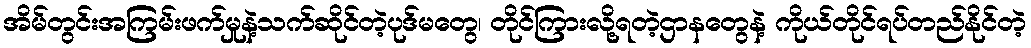
အိမ်တွင်းအကြမ်းဖက်မှုနဲ့သက်ဆိုင်တဲ့ပုဒ်မတွေ၊ တိုင်ကြားလို့ရတဲ့ဌာနတွေနဲ့ ကိုယ်တိုင်ရပ်တည်နိုင်တဲ့